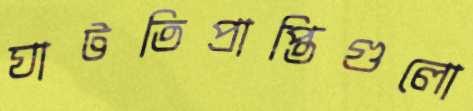
ঘাটতিপ্রাপ্তিগুলো